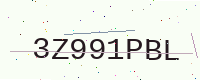
Text: 3Z991PBL